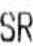
SR